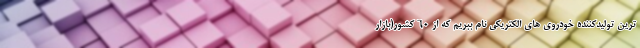
ترین تولیدکننده خودروی های الکتریکی نام ببریم که از 60 کشور(بازار